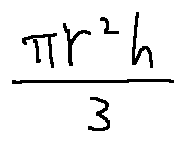
\frac { \pi r ^ { 2 } h } { 3 }